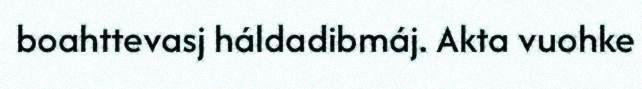
boahttevasj háldadibmáj. Akta vuohke